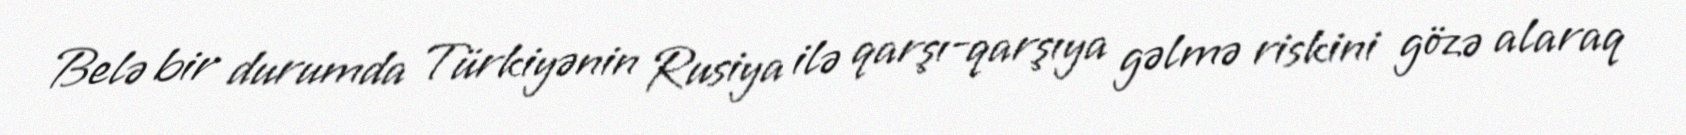
Belə bir durumda Türkiyənin Rusiya ilə qarşı-qarşıya gəlmə riskini gözə alaraq